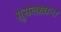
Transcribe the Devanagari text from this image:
ग़ुसलख़ाना